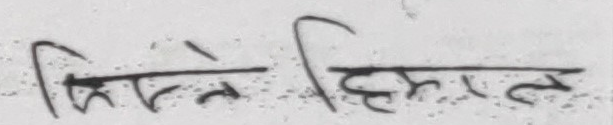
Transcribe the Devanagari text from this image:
किस्ले हिमाल